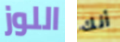
اللوز أنك